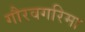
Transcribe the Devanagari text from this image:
गौरवगरिमा